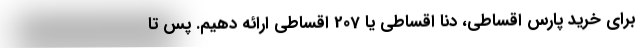
برای خرید پارس اقساطی، دنا اقساطی یا 207 اقساطی ارائه دهیم. پس تا